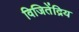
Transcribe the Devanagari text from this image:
विजितेंद्रिय